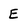
Character: E